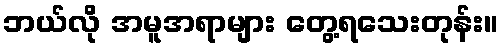
ဘယ်လို အမူအရာများ တွေ့ရသေးတုန်း။